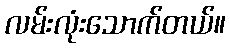
လမ်းလုံးသောက်တယ်။